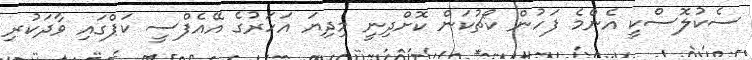
ސެކުލޮސްކީ އެންމެ ފަހުން ކޯޗުކަން ކޮށްދިނީ މިދިޔަ އަހަރުގެ އޭއެފްސީ ކަޕްގައި ވާދަކުރި